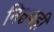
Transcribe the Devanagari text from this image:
निश्चयही